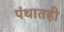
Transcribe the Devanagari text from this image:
पंथातही